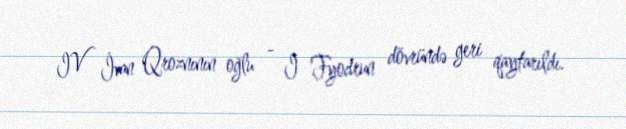
IV İvan Qroznının oğlu - I Fyodrun dövründə geri qaytarıldı.